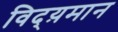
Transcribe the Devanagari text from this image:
विद्य़मान